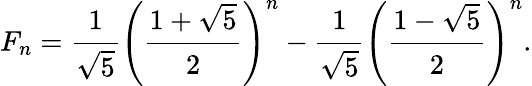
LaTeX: F_{n}={\cfrac{1}{\sqrt{5}}}\left({\cfrac{1+{\sqrt{5}}}{2}}\right)^{n}-{\cfrac{1}{\sqrt{5}}}\left({\cfrac{1-{\sqrt{5}}}{2}}\right)^{n}.